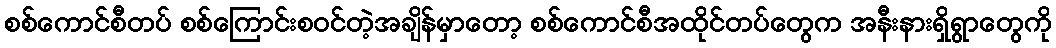
စစ်ကောင်စီတပ် စစ်ကြောင်းစဝင်တဲ့အချိန်မှာတော့ စစ်ကောင်စီအထိုင်တပ်တွေက အနီးနားရှိရွာတွေကို